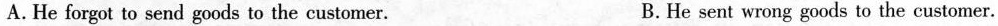
A. He forgot to send goods to the customer. B.He sent wrong goods to the customer.